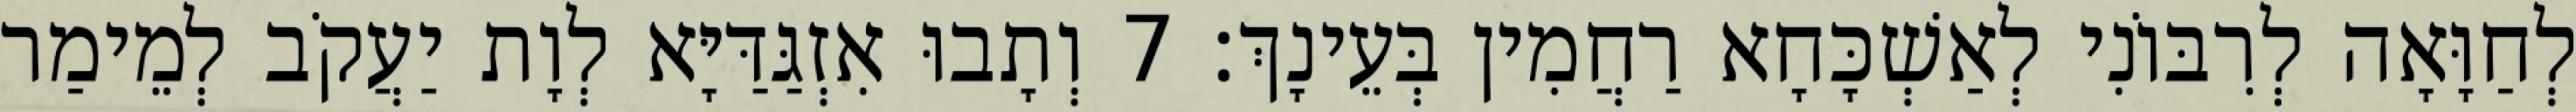
לְחַוָּאָה לְרִבּוֹנִי לְאַשְׁכָּחָא רַחֲמִין בְּעֵינָךְ׃ 7 וְתָבוּ אִזְגַּדַּיָּא לְוָת יַעֲקֹב לְמֵימַר